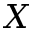
X